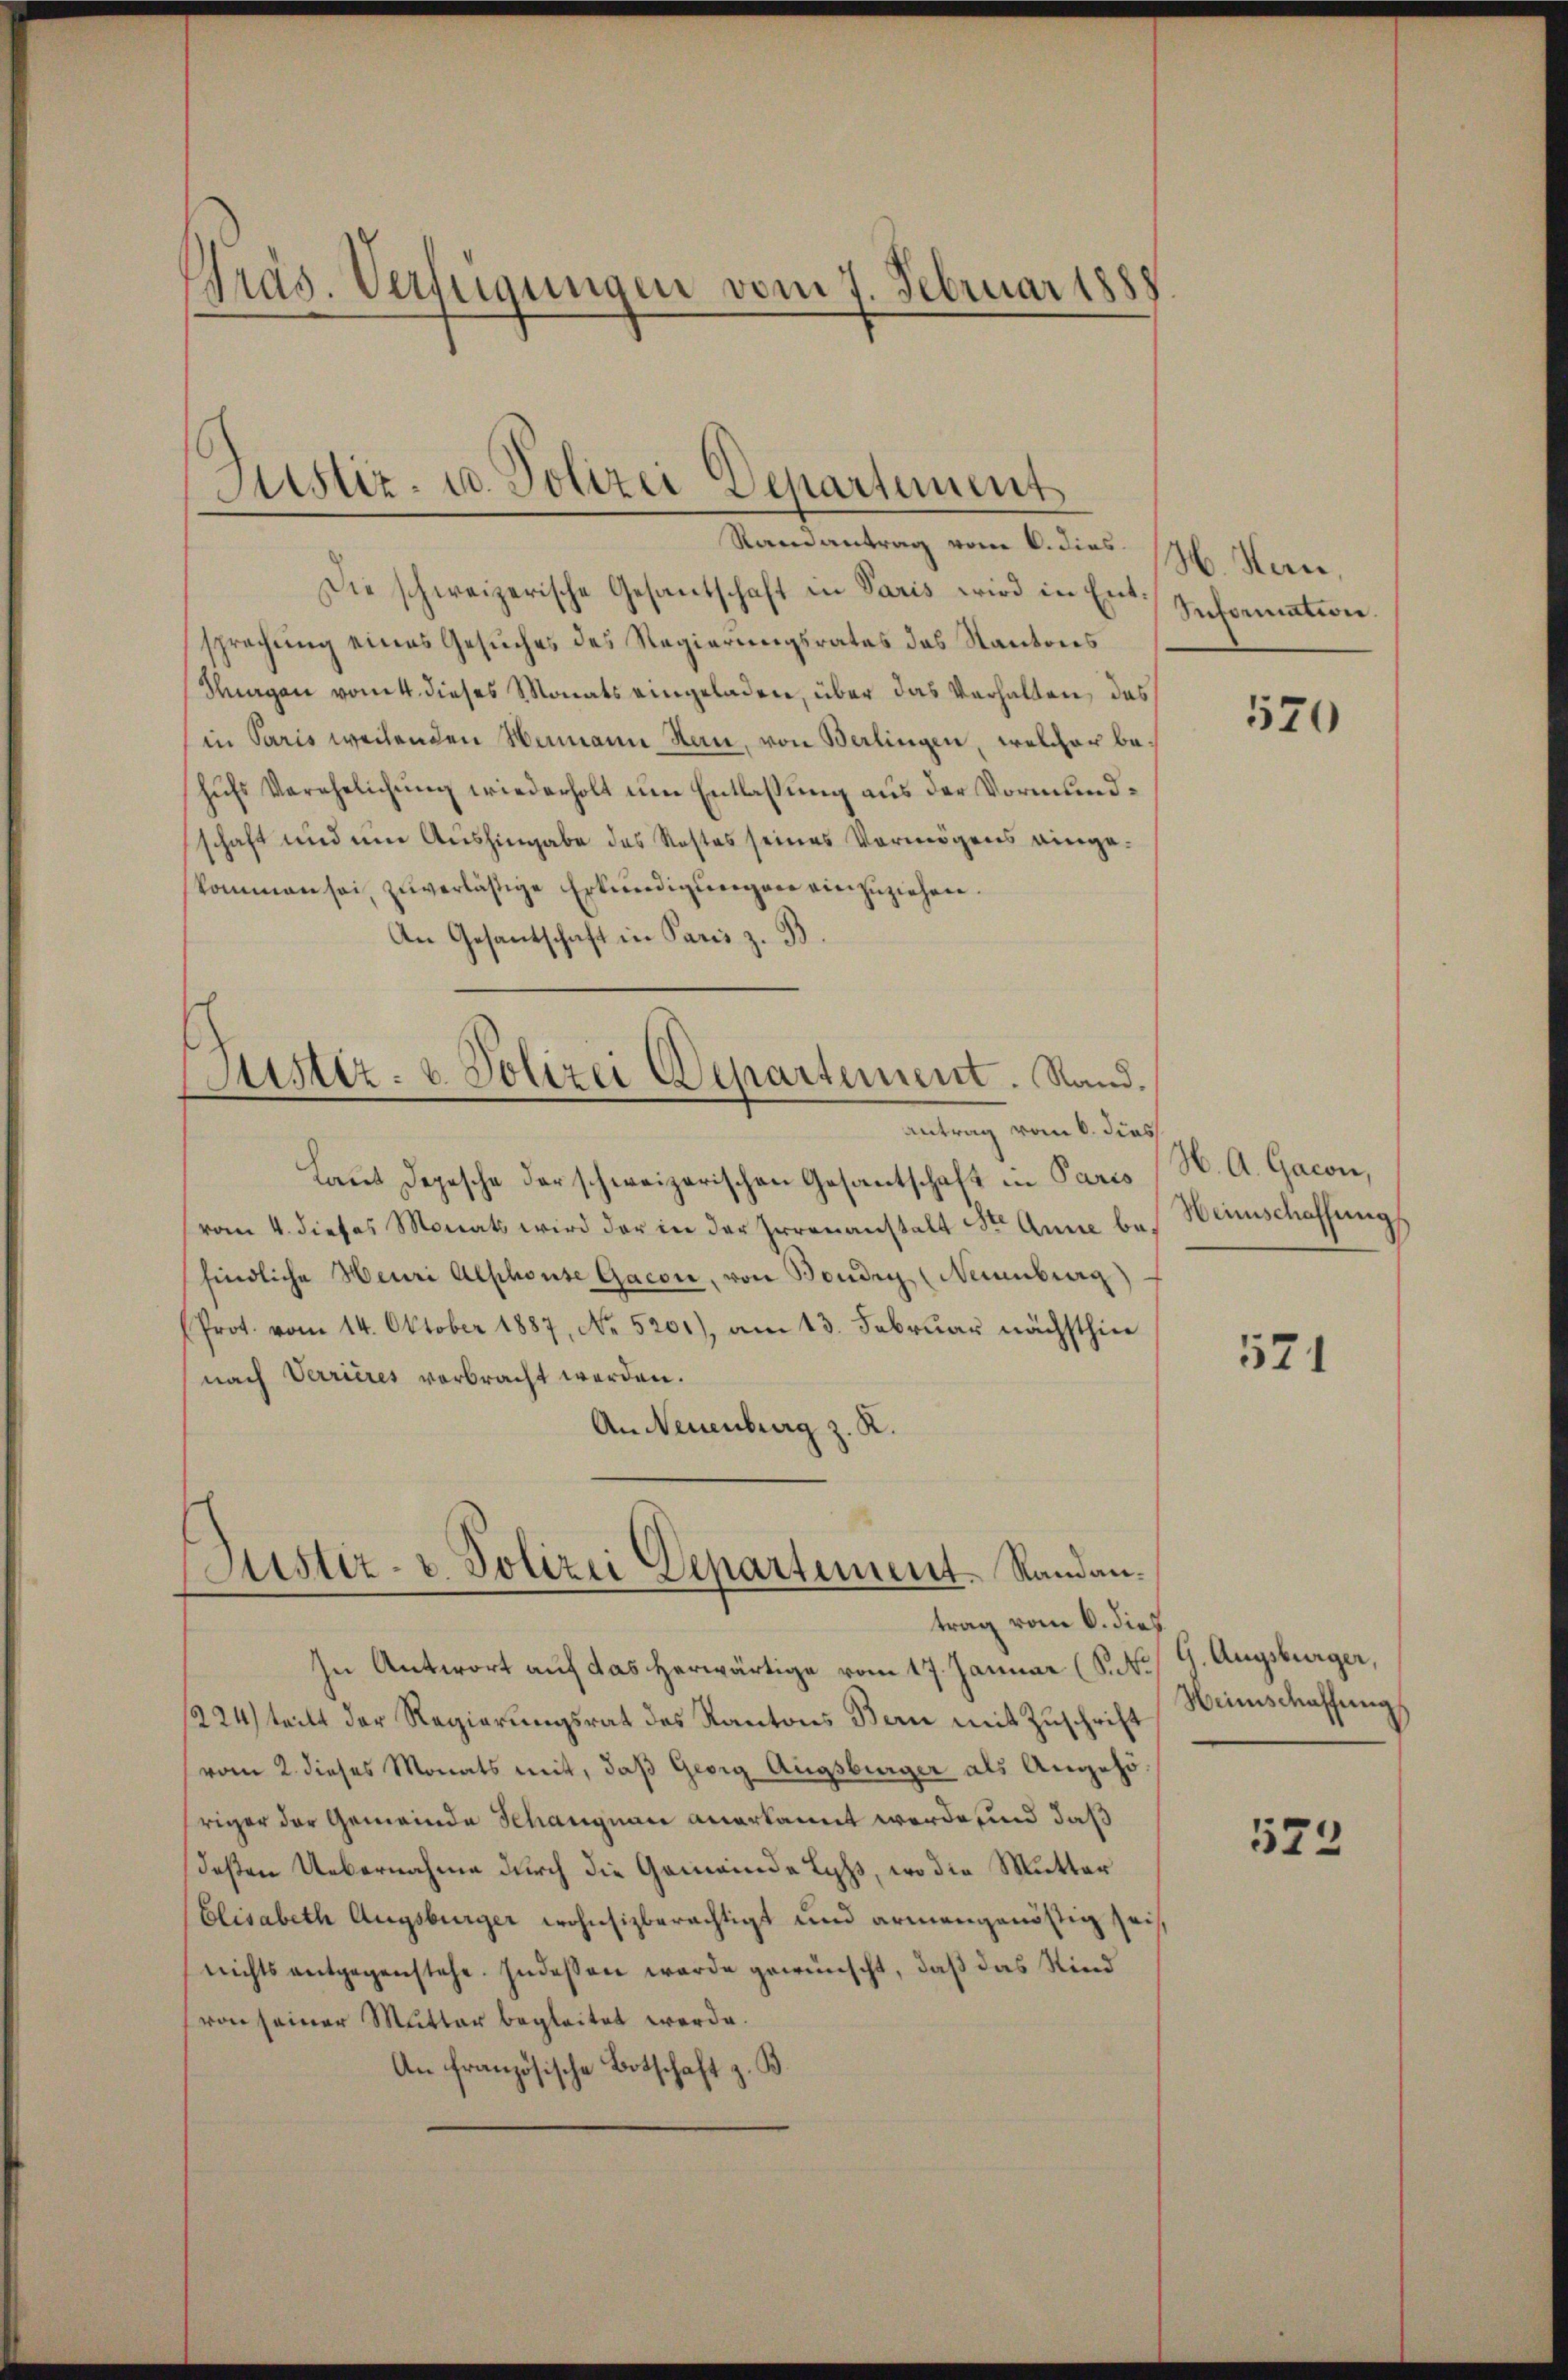
Präs. Verfügungen vom 7. Februar 1888

Justiz- u. Polizei Departement
Randantrag vom 6. dies M. Herr,

Die schweizerische Gesantschaft in Paris wird in Entsprechung eines Gesuches des Regierungsrates das Kantons
Kuegen vom 4. dieses Monats eingeladen, über das Verhalten des
in Paris weilenden Namann Rau, von Berlingen, welcher behufs Verehelichung wiederholt um Entlassung aus der Vormundschaft und um Aushingabe des Restes seines Vermögens eingekommen sei, zuverläßige Erkundigungen einzuziehen.
An Gesantschaft in Paris z. B
Justiz- & Polizei Departement. Sand.

Antrag vom 6. dies
Laut Depesche der schweizerischen Gesantschaft in Paris
vom 4. dieses Monats wird der in der Irrenanstalt St. Anne bei Weinschaffungs
findliche Heuri Alphonse Gacon, von Boudry (Neuenburg)
Prot. vom 14. Oktober 1887, No. 5201), am 13. Februar nächsthier
nach Verrieres verbracht werden.
An Neuenburg z. R.

Justiz- u. Polizei Departement. Randantrag vom 6. dieß

In Antwort auf das herwärtige vom 17. Januar (S. B. G. Augsburger,
1224) teilt der Regierungsrat des Kantons Bern mit Zuschrift
vom 2. dieses Monats mit, daß Georg Augsburger als Angehö
friger der Gemeinde Schangnau anerkannt werde, und daß
deßen Uebernahme durch die Gemeinde Lyss, wo die Mutter
Elisabeth Augsburger wohnsizberächtigt und ermangenössig seinichts entgegenstehe. Indessen werde gewünscht, daß das Kind
von seiner Mutter begleitet werde.
An französische Botschaft z. B.

Information.

570

H. A. Gacon,

521

Weinschaffung

573